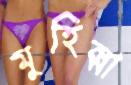
মুহিব্বা